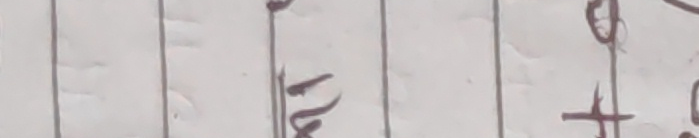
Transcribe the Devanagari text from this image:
दोख